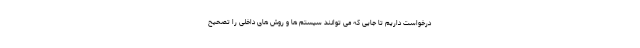
درخواست داریم تا جایی که می توانند سیستم ها و روش های داخلی را تصحیح